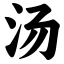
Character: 汤